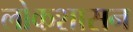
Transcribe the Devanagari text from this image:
लोकशासन